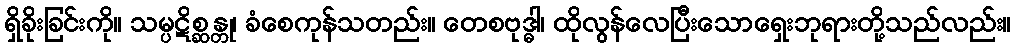
ရှိခိုးခြင်းကို။ သမ္ပဋိစ္ဆန္တု၊ ခံစေကုန်သတည်း။ တေစဗုဒ္ဓါ၊ ထိုလွန်လေပြီးသောရှေးဘုရားတို့သည်လည်း။